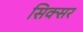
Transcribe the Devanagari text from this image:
सिक्सर